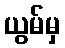
ယွမ်မှ